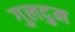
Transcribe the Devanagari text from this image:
गुलदुम